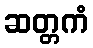
ဆတ္တကံ